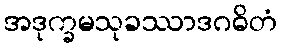
အဒုက္ခမသုခဿာဒဂဓိတံ